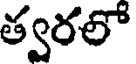
త్వరలో